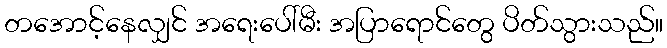
တအောင့်နေလျှင် အရေးပေါ်မီး အပြာရောင်တွေ ပိတ်သွားသည်။